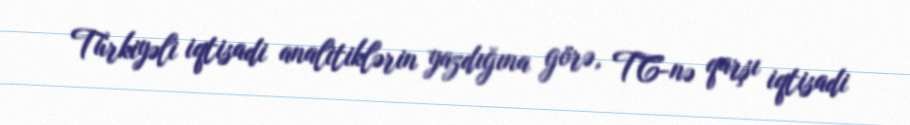
Türkiyəli iqtisadi analitiklərin yazdığına görə, TC-nə qarşı iqtisadi